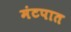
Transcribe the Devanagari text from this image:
मंटपात